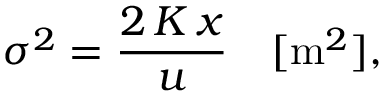
\sigma ^ { 2 } = \frac { 2 \, K \, x } { u } \quad [ \mathrm { m } ^ { 2 } ] ,